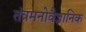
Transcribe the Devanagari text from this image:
तंत्रमनोवैज्ञानिक